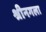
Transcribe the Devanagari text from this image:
श्रीनगला